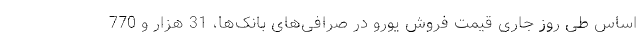
اساس طی روز جاری قیمت فروش یورو در صرافی‌های بانک‌ها، 31 هزار و 770